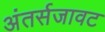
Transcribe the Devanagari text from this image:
अंतर्सजावट